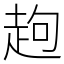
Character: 䞤